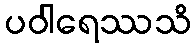
ပဝါရေဿသိ